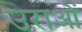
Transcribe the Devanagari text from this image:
उराओं